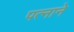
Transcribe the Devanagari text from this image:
पत्‍नाने